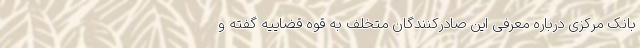
بانک مرکزی درباره معرفی این صادرکنندگان متخلف به قوه قضاییه گفته و